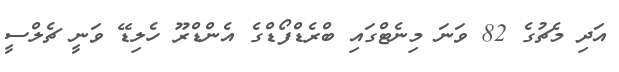
އަދި މެޗުގެ 82 ވަނަ މިނެޓްގައި ބްރެޑްފޯޑްގެ އެންޑްރޫ ހެލިޑޭ ވަނީ ޗެލްސީ